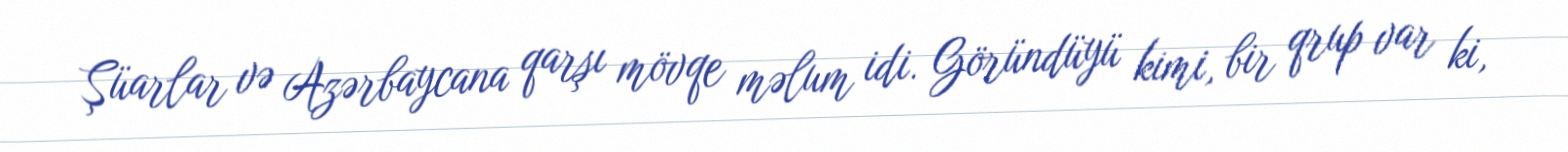
Şüarlar və Azərbaycana qarşı mövqe məlum idi. Göründüyü kimi, bir qrup var ki,